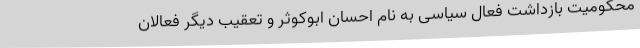
محکومیت بازداشت فعال سیاسی به نام احسان ابوکوثر و تعقیب دیگر فعالان